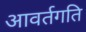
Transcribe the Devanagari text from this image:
आवर्तगति